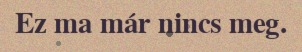
Ez ma már nincs meg.